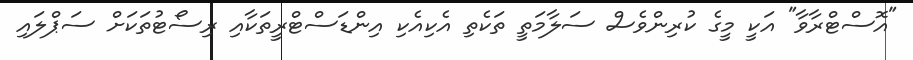
"އޮސްޓްރާވާ" އަކީ މީގެ ކުރިންވެސް ސަލާމަތީ ތަކެތި އެކިއެކި އިންޑަސްޓްރީތަކާއި ރިސޯޓުތަކަށް ސަޕްލައި